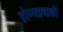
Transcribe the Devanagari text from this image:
होण्याचाही